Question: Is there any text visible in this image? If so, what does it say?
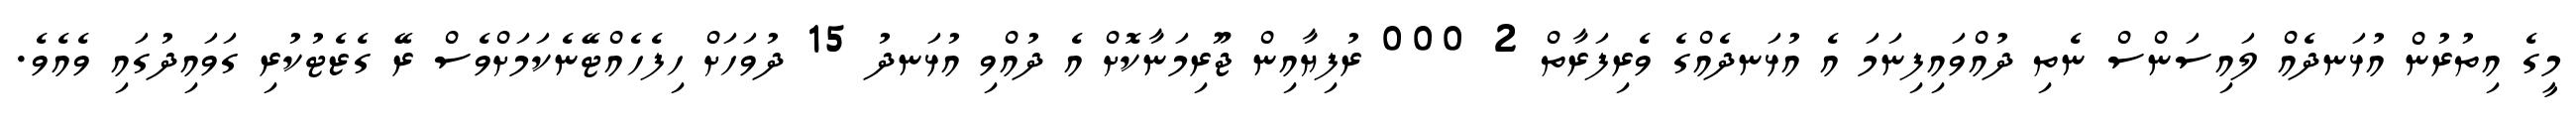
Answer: މީގެ އިތުރުން އުޅަނދެއް ލައިސަންސް ނެތި ދުއްވައިފިނަމަ އެ އުޅަނދެއްގެ ވެރިފަރާތް 2 000 ރުފިޔާއިން ޖޫރިމަނާކޮށް އެ ދުއްވި އުޅަނދު 15 ދުވަހަށް ހިފެހެއްޓޭނެކަމަށްވެސް ރޭ ގެޒެޓުކުރި ގަވައިދުގައި ވެއެވެ.